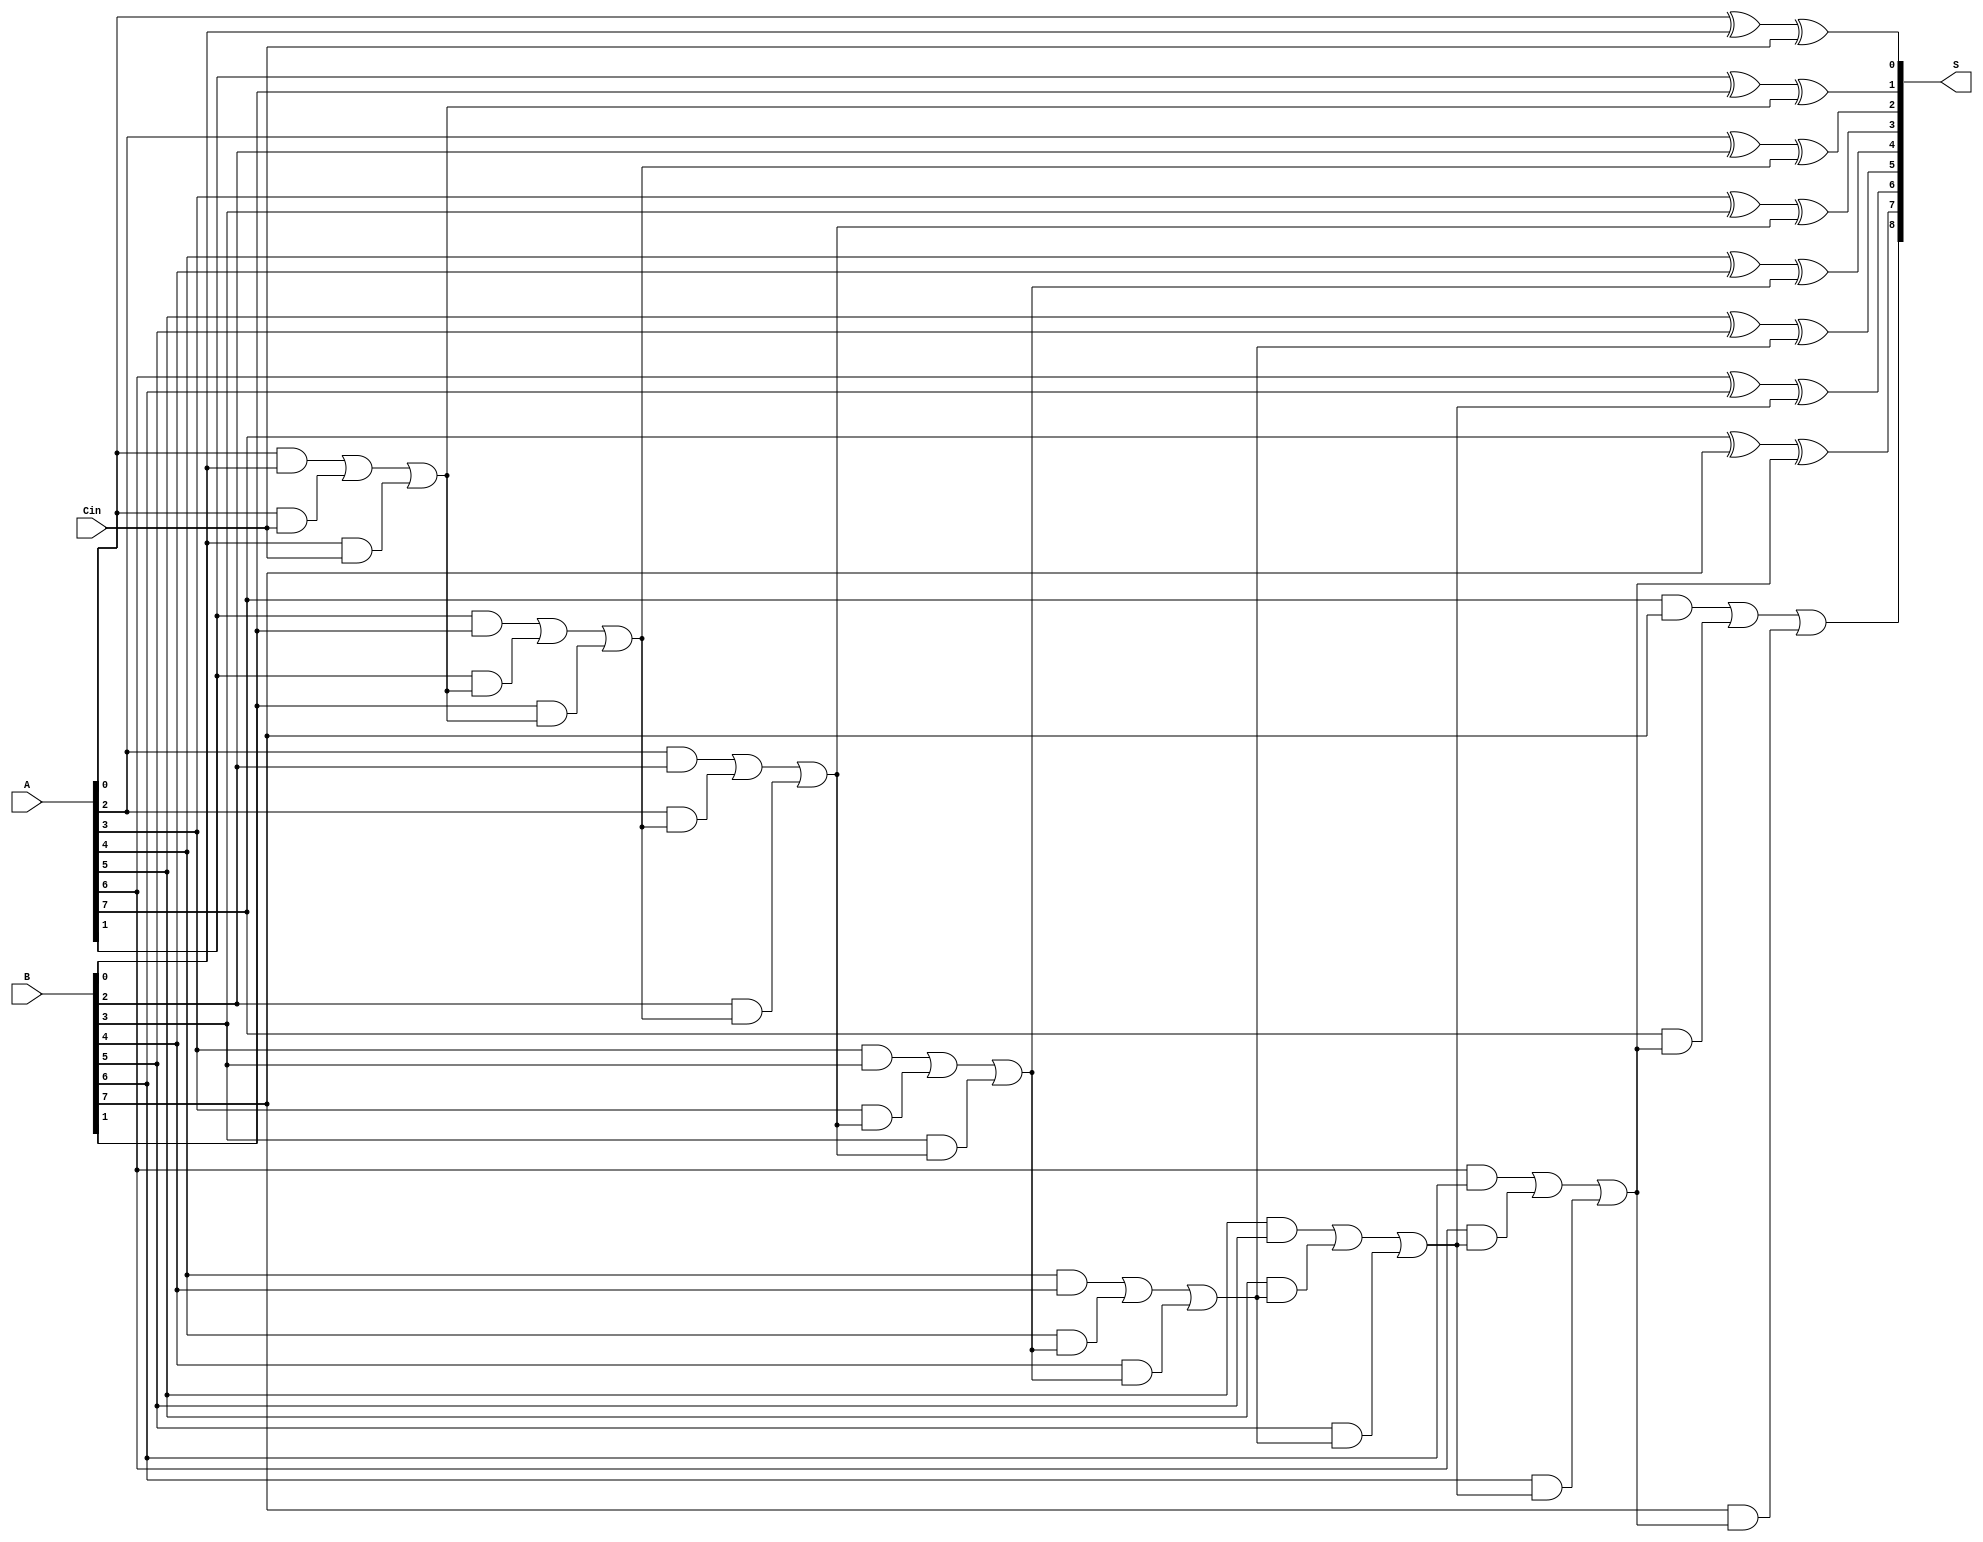
module PrecomputationCarryAdder #(parameter N = 8) (
    input  wire [N-1:0] A,      // First N-bit binary number
    input  wire [N-1:0] B,      // Second N-bit binary number
    input  wire Cin,             // Carry input
    output wire [N:0] S          // (N+1)-bit output sum
);

    // Intermediate carry signals
    wire [N:0] carry;            // Carry signals for each bit position

    // Generate carry signals based on A, B, and previous carry
    genvar i;
    generate
        for (i = 0; i < N; i = i + 1) begin: carry_gen
            if (i == 0) begin
                // For the least significant bit, carry is based on Cin
                assign carry[i] = (A[i] & B[i]) | (A[i] & Cin) | (B[i] & Cin);
            end else begin
                // For subsequent bits, use the previous carry
                assign carry[i] = (A[i] & B[i]) | (A[i] & carry[i-1]) | (B[i] & carry[i-1]);
            end
        end
    endgenerate

    // Compute the sum for each bit position
    generate
        for (i = 0; i < N; i = i + 1) begin: sum_gen
            assign S[i] = A[i] ^ B[i] ^ (i == 0 ? Cin : carry[i-1]);
        end
    endgenerate

    // Final carry out
    assign S[N] = carry[N-1]; // The final carry out

endmodule